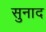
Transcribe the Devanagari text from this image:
सुनाद